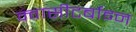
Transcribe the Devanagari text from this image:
क्वासीटर्बाइन